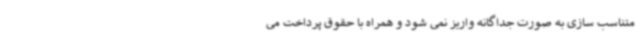
متناسب سازی به صورت جداگانه واریز نمی شود و همراه با حقوق پرداخت می